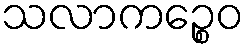
သလာကဉ္စေဝ